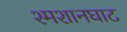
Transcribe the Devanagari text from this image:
श्मशानघाट